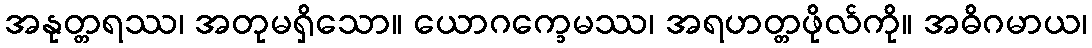
အနုတ္တရဿ၊ အတုမရှိသော။ ယောဂက္ခေမဿ၊ အရဟတ္တဖိုလ်ကို။ အဓိဂမာယ၊